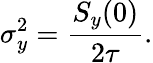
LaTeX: \sigma_{y}^{2}=\frac{S_{y}(0)}{2\tau}.